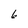
Character: 6